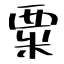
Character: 粟